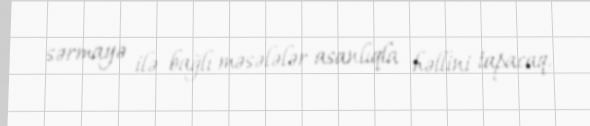
sərmayə ilə bağlı məsələlər asanlıqla həllini tapacaq.